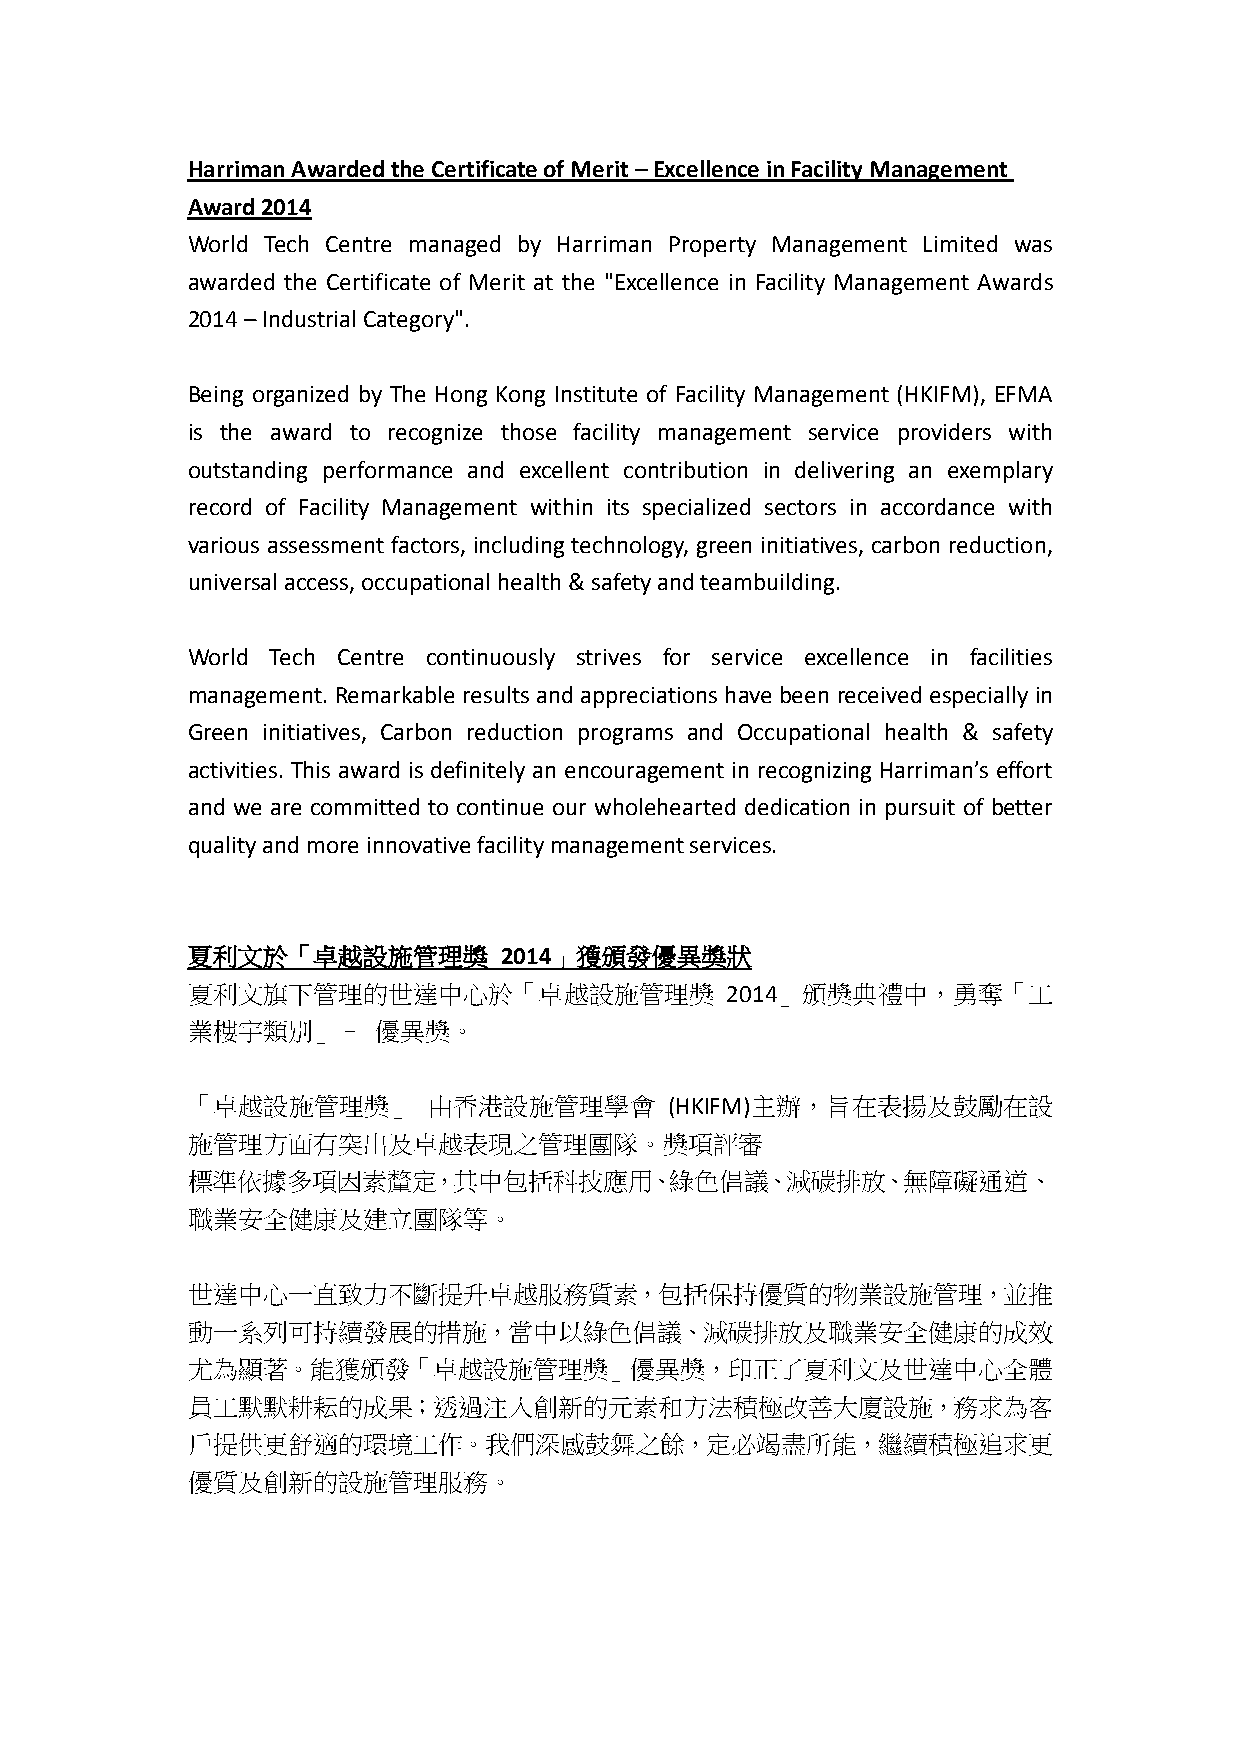
Harriman Awarded the Certificate of Merit – Excellence in Facility Management
 Award 2014
 World Tech Centre managed by Harriman Property Management Limited was
 awarded the Certificate of Merit at the "Excellence in Facility Management Awards
 2014 – Industrial Category".
 Being organized by The Hong Kong Institute of Facility Management (HKIFM), EFMA
 is the award to recognize those facility management service providers with
 outstanding performance and excellent contribution in delivering an exemplary
 record of Facility Management within its specialized sectors in accordance with
 various assessment factors, including technology, green initiatives, carbon reduction,
 universal access, occupational health & safety and teambuilding.
 World Tech Centre continuously strives for service excellence in facilities
 management. Remarkable results and appreciations have been received especially in
 Green initiatives, Carbon reduction programs and Occupational health & safety
 activities. This award is definitely an encouragement in recognizing Harriman’s effort
 and we are committed to continue our wholehearted dedication in pursuit of better
 quality and more innovative facility management services.
 夏利文於「卓越設施管理獎         2014」獲頒發優異獎狀
 夏利文旗下管理的世達中心於「卓越設施管理獎               2014」頒獎典禮中，勇奪「工
 業樓宇類別」–      優異獎。
 「卓越設施管理獎」       由香港設施管理學會       (HKIFM)主辦，旨在表揚及鼓勵在設
 施管理方面有突出及卓越表現之管理團隊。獎項評審
 標準依據多項因素釐定，其中包括科技應用、綠色倡議、減碳排放、無障礙通道、
 職業安全健康及建立團隊等。
 世達中心一直致力不斷提升卓越服務質素，包括保持優質的物業設施管理，並推
 動一系列可持續發展的措施，當中以綠色倡議、減碳排放及職業安全健康的成效
 尤為顯著。能獲頒發「卓越設施管理獎」優異獎，印正了夏利文及世達中心全體
 員工默默耕耘的成果；透過注入創新的元素和方法積極改善大廈設施，務求為客
 戶提供更舒適的環境工作。我們深感鼓舞之餘，定必竭盡所能，繼續積極追求更
 優質及創新的設施管理服務。